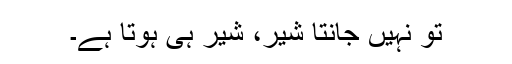
تو نہیں جانتا شیر، شیر ہی ہوتا ہے۔